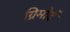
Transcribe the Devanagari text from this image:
ग्रिमोर्द